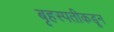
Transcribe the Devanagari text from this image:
बृहस्पतीकडून